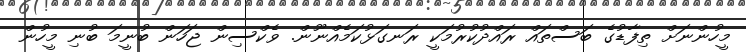
މީހުންނަށް ތިފާޑުގެ ބަސްތައް ރައްދުކުރުމަކީ ރަނގަޅުކަމެއްނޫން. ވެކްސިން ޖަހަން ބުނީމަ ބުނި މީހުން